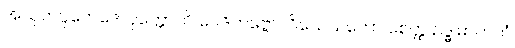
အသုဘပ္ပဘေဒေါ ဝုတ္တောတိ ဝေဒိတဗ္ဗော။ ဝိသေသတော စေတ္ထ ဥဒ္ဓုမာတကံ